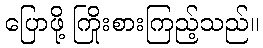
ပြောဖို့ ကြိုးစားကြည့်သည်။